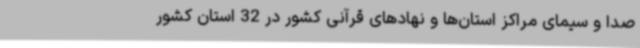
صدا و سیمای مراکز استان‌ها و نهادهای قرآنی کشور در 32 استان کشور